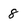
Character: 8